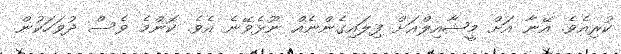
ކުރިއެވެ. އޭނާ އަށް މީޝާއިލްއަށް ފިލައިގެންނެއް ނޫޅެވޭނެ އެވެ. ކޮންމެ ވެސް ދުވަހަކުން